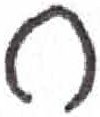
אות: ח